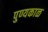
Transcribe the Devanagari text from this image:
पुण्यकाळ